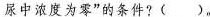
尿中浓度为零”的条件?（）。